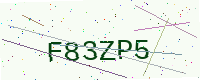
Text: F83ZP5